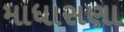
માધાસણા